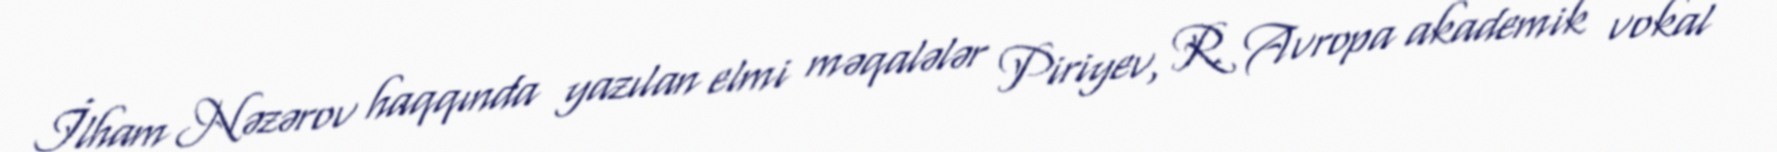
İlham Nəzərov haqqında yazılan elmi məqalələr Piriyev, R. Avropa akademik vokal